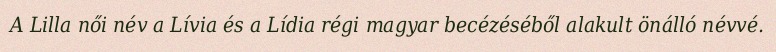
A Lilla női név a Lívia és a Lídia régi magyar becézéséből alakult önálló névvé.